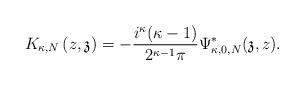
LaTeX: \begin{align*}K_{\kappa,N}\left(z,\mathfrak{z}\right)=-\frac{i^{\kappa}(\kappa-1)}{2^{\kappa-1}\pi}\Psi_{\kappa,0,N}^{*}(\mathfrak{z},z).\end{align*}